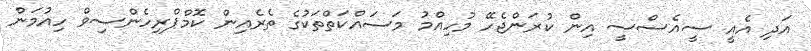
އަދި އެއީ ސީއެސްސީ އިން ކުރަންޖެހޭ މުހިއްމު މަސައްކަތްތަކުގެ ތެރެއިން ކޮމްޕްރިހެންސިވް ހިއުމަން